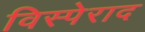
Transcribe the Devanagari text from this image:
विस्पेराद